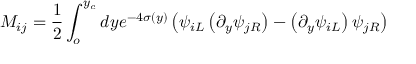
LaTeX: M _ { i j } = \frac { 1 } { 2 } \int _ { o } ^ { y _ { c } } d y e ^ { - 4 \sigma ( y ) } \left( \psi _ { i L } \left( \partial _ { y } \psi _ { j R } \right) - \left( \partial _ { y } \psi _ { i L } \right) \psi _ { j R } \right)